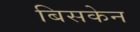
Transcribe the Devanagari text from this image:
बिसकेन